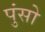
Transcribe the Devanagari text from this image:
पुंसो